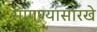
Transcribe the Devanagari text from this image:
सांगण्यासारखे